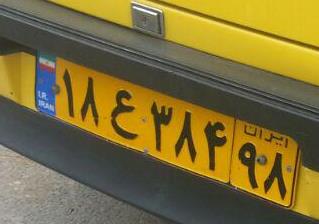
۱۸ع۳۸۴۹۸